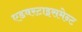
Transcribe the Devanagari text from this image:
एडवरटाइसमेन्ट